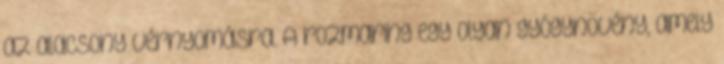
az alacsony vérnyomásra. A rozmaring egy olyan gyógynövény, amely